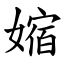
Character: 㜚